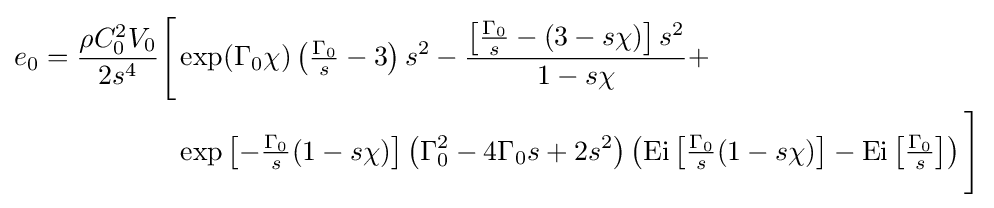
{\begin{aligned}e_{0}={\frac {\rho C_{0}^{2}V_{0}}{2s^{4}}}{\Biggl [}&\exp(\Gamma _{0}\chi )\left({\tfrac {\Gamma _{0}}{s}}-3\right)s^{2}-{\frac {\left[{\tfrac {\Gamma _{0}}{s}}-(3-s\chi )\right]s^{2}}{1-s\chi }}+\\&\exp \left[-{\tfrac {\Gamma _{0}}{s}}(1-s\chi )\right]\left(\Gamma _{0}^{2}-4\Gamma _{0}s+2s^{2}\right)\left({\text{Ei}}\left[{\tfrac {\Gamma _{0}}{s}}(1-s\chi )\right]-{\text{Ei}}\left[{\tfrac {\Gamma _{0}}{s}}\right]\right){\Biggr ]}\end{aligned}}